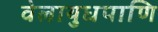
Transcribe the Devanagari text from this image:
वेलायुधपाणि